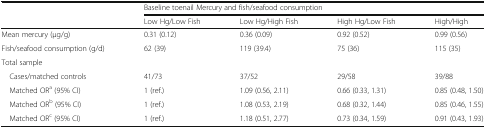
| <ROWSPAN=2>  | <COLSPAN=4> Baseline toenail Mercury and fish/seafood consumption |
 | Low Hg/Low Fish | Low Hg/High Fish | High Hg/Low Fish | High/High |
 | --- | --- | --- | --- | --- |
 | Mean mercury (μg/g) | 0.31 (0.12) | 0.36 (0.09) | 0.92 (0.52) | 0.99 (0.56) |
 | Fish/seafood consumption (g/d) | 62 (39) | 119 (39.4) | 75 (36) | 115 (35) |
 | <COLSPAN=5> Total sample |
 | Cases/matched controls | 41/73 | 37/52 | 29/58 | 39/88 |
 | Matched ORa (95% CI) | 1 (ref.) | 1.09 (0.56, 2.11) | 0.66 (0.33, 1.31) | 0.85 (0.48, 1.50) |
 | Matched ORb (95% CI) | 1 (ref.) | 1.08 (0.53, 2.19) | 0.68 (0.32, 1.44) | 0.85 (0.46, 1.55) |
 | Matched ORc (95% CI) | 1 (ref.) | 1.18 (0.51, 2.77) | 0.73 (0.34, 1.59) | 0.91 (0.43, 1.93) |